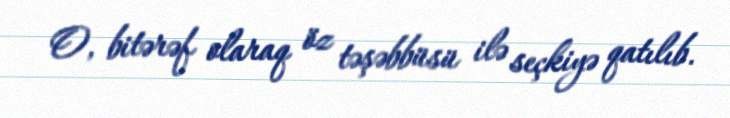
O, bitərəf olaraq öz təşəbbüsü ilə seçkiyə qatılıb.